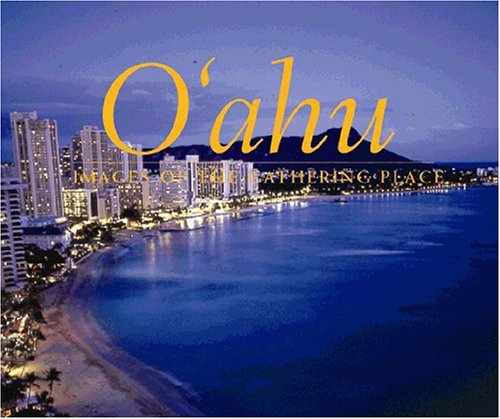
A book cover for Oahu: Images of the Gathering Place; Doug Peebles; Travel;